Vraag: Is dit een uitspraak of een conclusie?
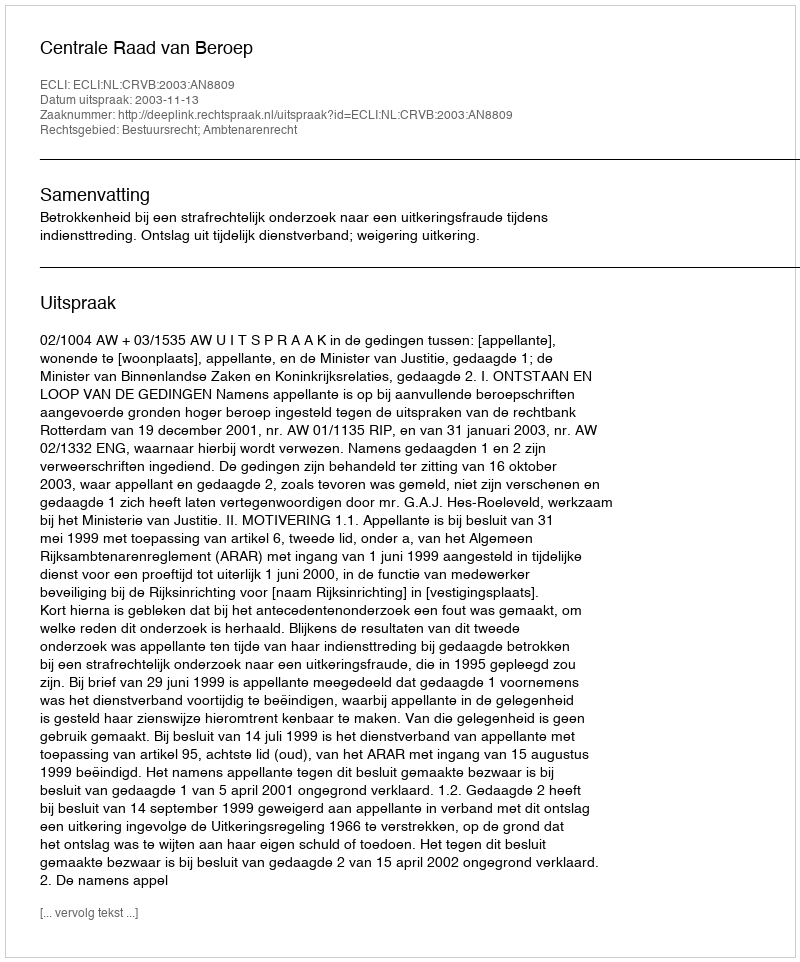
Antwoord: Uitspraak